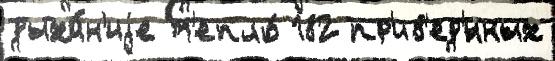
дыха́н'иjе т'епло́ 182 пр'ив'ед'́нных